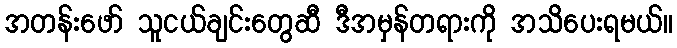
အတန်းဖော် သူငယ်ချင်းတွေဆီ ဒီအမှန်တရားကို အသိပေးရမယ်။